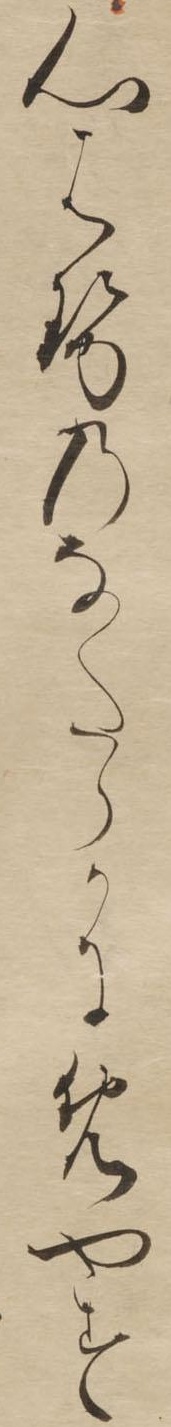
心はせのなたらかにめやす